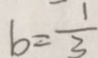
b = \frac { 1 } { 3 }